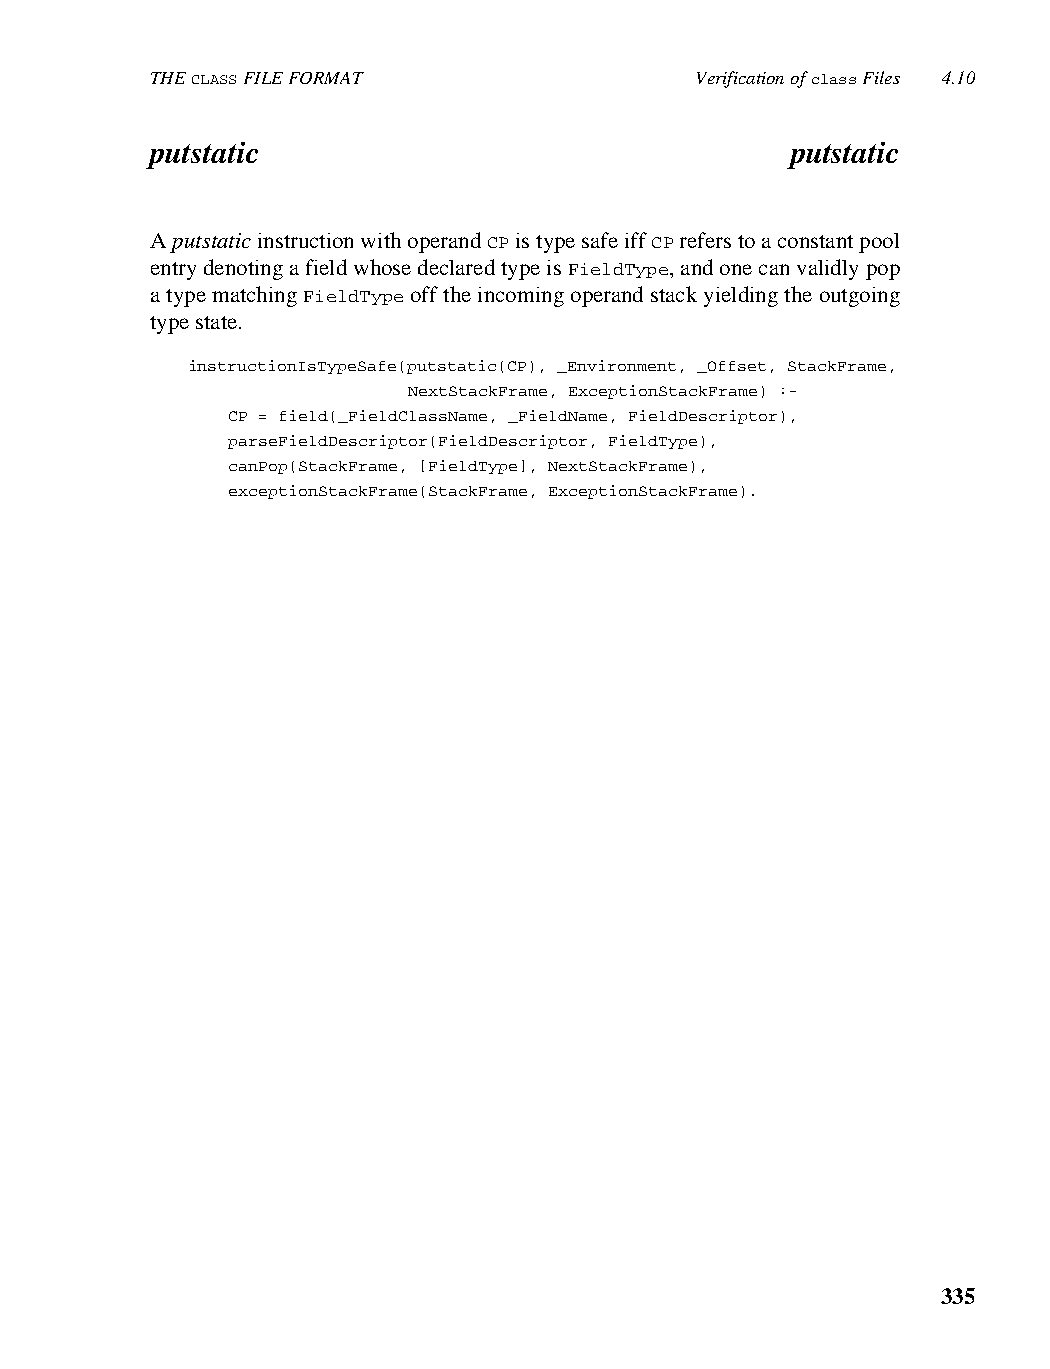
THE CLASS FILE FORMAT               Verification of class Files 4.10
 putstatic                                 putstatic
 A putstatic instruction with operand CP is type safe iff CP refers to a constant pool
 entry denoting a field whose declared type is FieldType, and one can validly pop
 a type matching FieldType off the incoming operand stack yielding the outgoing
 type state.
 instructionIsTypeSafe(putstatic(CP), _Environment, _Offset, StackFrame,
 NextStackFrame, ExceptionStackFrame) :-
 CP = field(_FieldClassName, _FieldName, FieldDescriptor),
 parseFieldDescriptor(FieldDescriptor, FieldType),
 canPop(StackFrame, [FieldType], NextStackFrame),
 exceptionStackFrame(StackFrame, ExceptionStackFrame).
 335